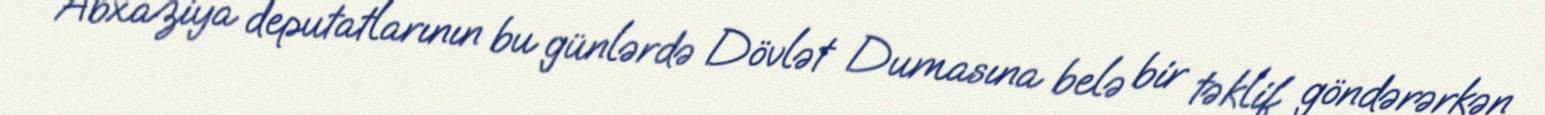
Abxaziya deputatlarının bu günlərdə Dövlət Dumasına belə bir təklif göndərərkən